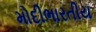
મોદીભારતીય